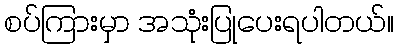
စပ်ကြားမှာ အသုံးပြုပေးရပါတယ်။